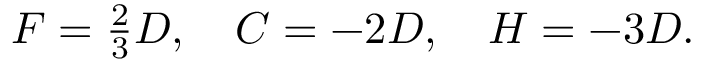
F = { \textstyle \frac { 2 } { 3 } D } , \quad { \cal C } = - 2 D , \quad { \cal H } = - 3 D .